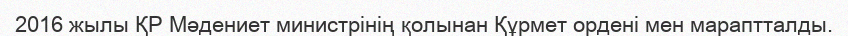
2016 жылы ҚР Мәдениет министрінің қолынан Құрмет ордені мен мараптталды.